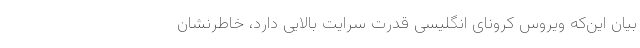
بیان این‌که ویروس کرونای انگلیسی قدرت سرایت بالایی دارد، خاطرنشان